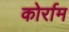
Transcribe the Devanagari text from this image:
कोर्राम